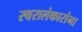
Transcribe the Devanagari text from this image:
स्वरालंकारांना